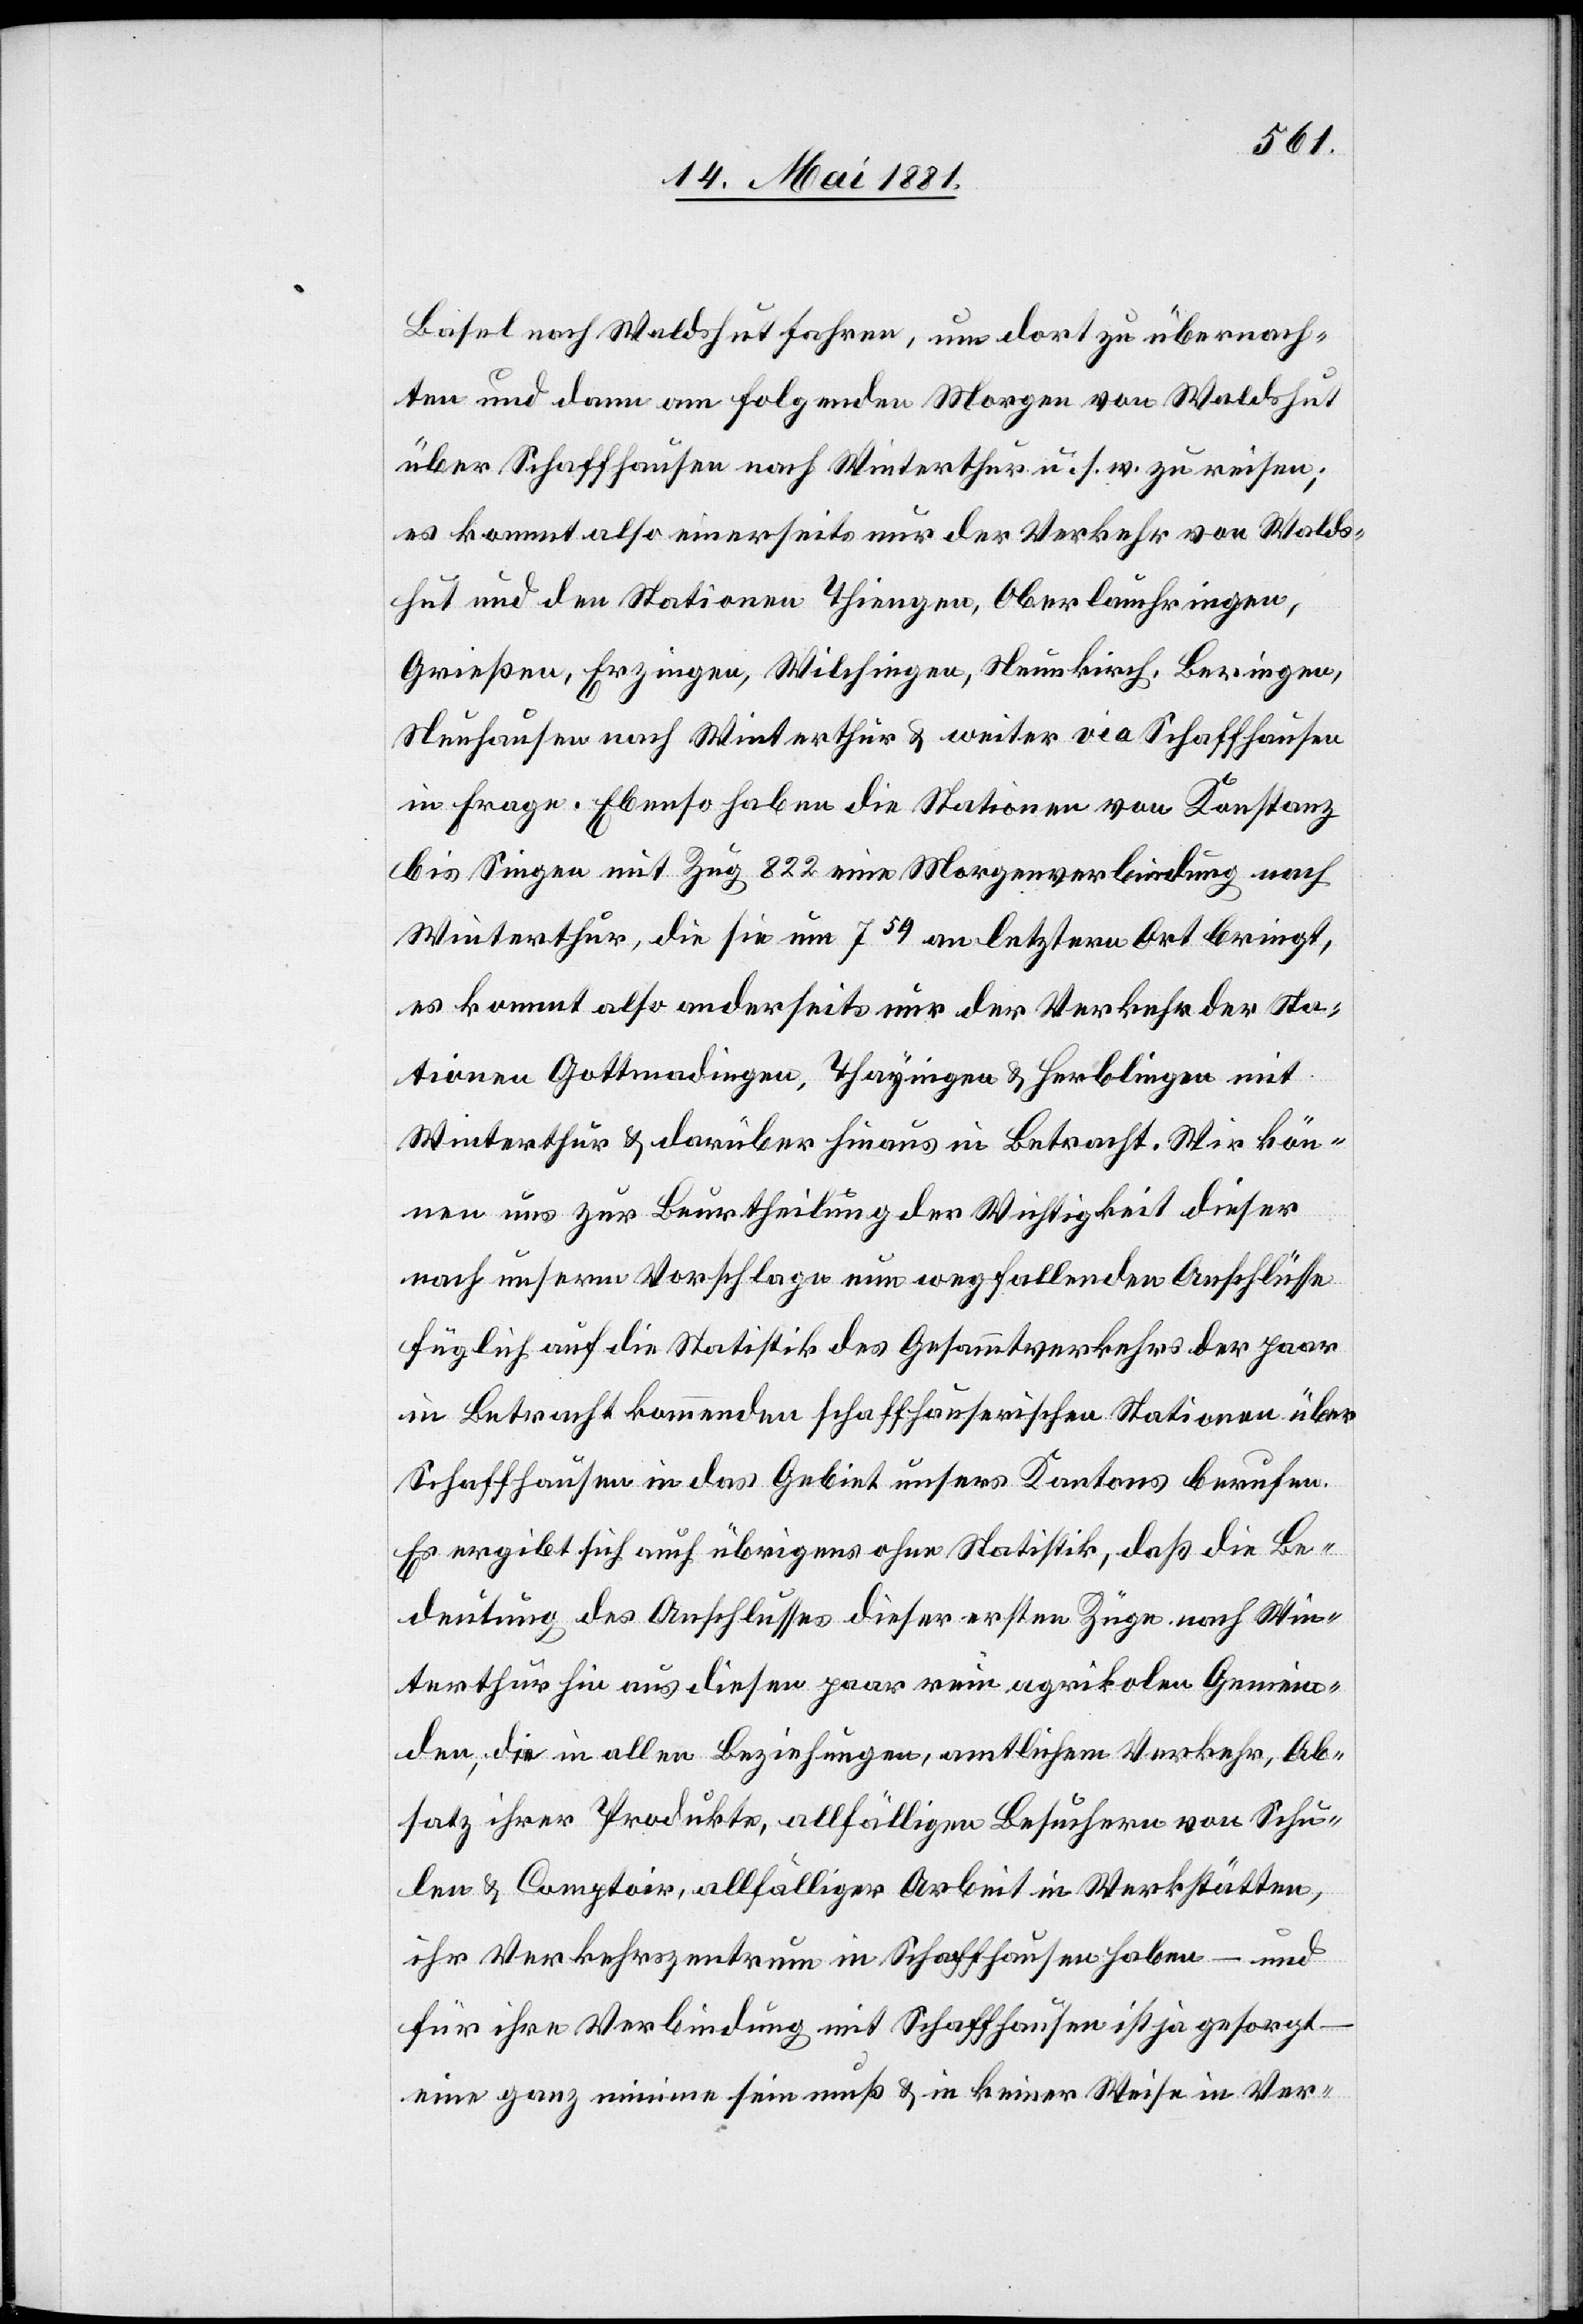
Basel nach Waldshut fahren, um dort zu übernach¬
ten und dann am folgenden Morgen von Waldshut
über Schaffhausen nach Winterthur u. s. w. zu reisen;
es kommt also einerseits nur der Verkehr von Walds¬
hut und den Stationen Thiengen, Oberlauchringen,
Grießen, Erzingen, Wilchingen, Neunkirch, Beringen,
Neuhausen nach Winterthur & weiter via Schaffhausen
in Frage. Ebenso haben die Stationen von Konstanz
bis Singen mit Zug 822 eine Morgenverbindung nach
Winterthur, die sie um 759 an letztern Ort bringt,
es kommt also anderseits nur der Verkehr der Sta¬
tionen Gottmadingen, Thayingen & Herblingen mit
Winterthur & darüber hinaus in Betracht. Wir kön¬
nen uns zur Beurtheilung der Wichtigkeit dieser
nach unserm Vorschlage nun wegfallenden Anschlüsse
füglich auf die Statistik des Gesammtverkehrs der paar
in Betracht kommenden schaffhauserischen Stationen über
Schaffhausen in das Gebiet unsers Kantons berufen.
Es ergibt sich auch übrigens ohne Statistik, daß die Be¬
deutung des Anschlusses dieser ersten Züge nach Win¬
terthur hin aus diesen paar rein agrikolen Gemein¬
den, die in allen Beziehungen, amtlichem Verkehr, Ab¬
satz ihrer Produkte, allfälligen Besuchen von Schu¬
len & Comptoir, allfälliger Arbeit in Werkstätten,
ihr Verkehrszentrum in Schaffhausen haben – und
für ihre Verbindung mit Schaffhausen ist ja gesorgt
eine ganz minime sein muß & in keiner Weise in Ver-